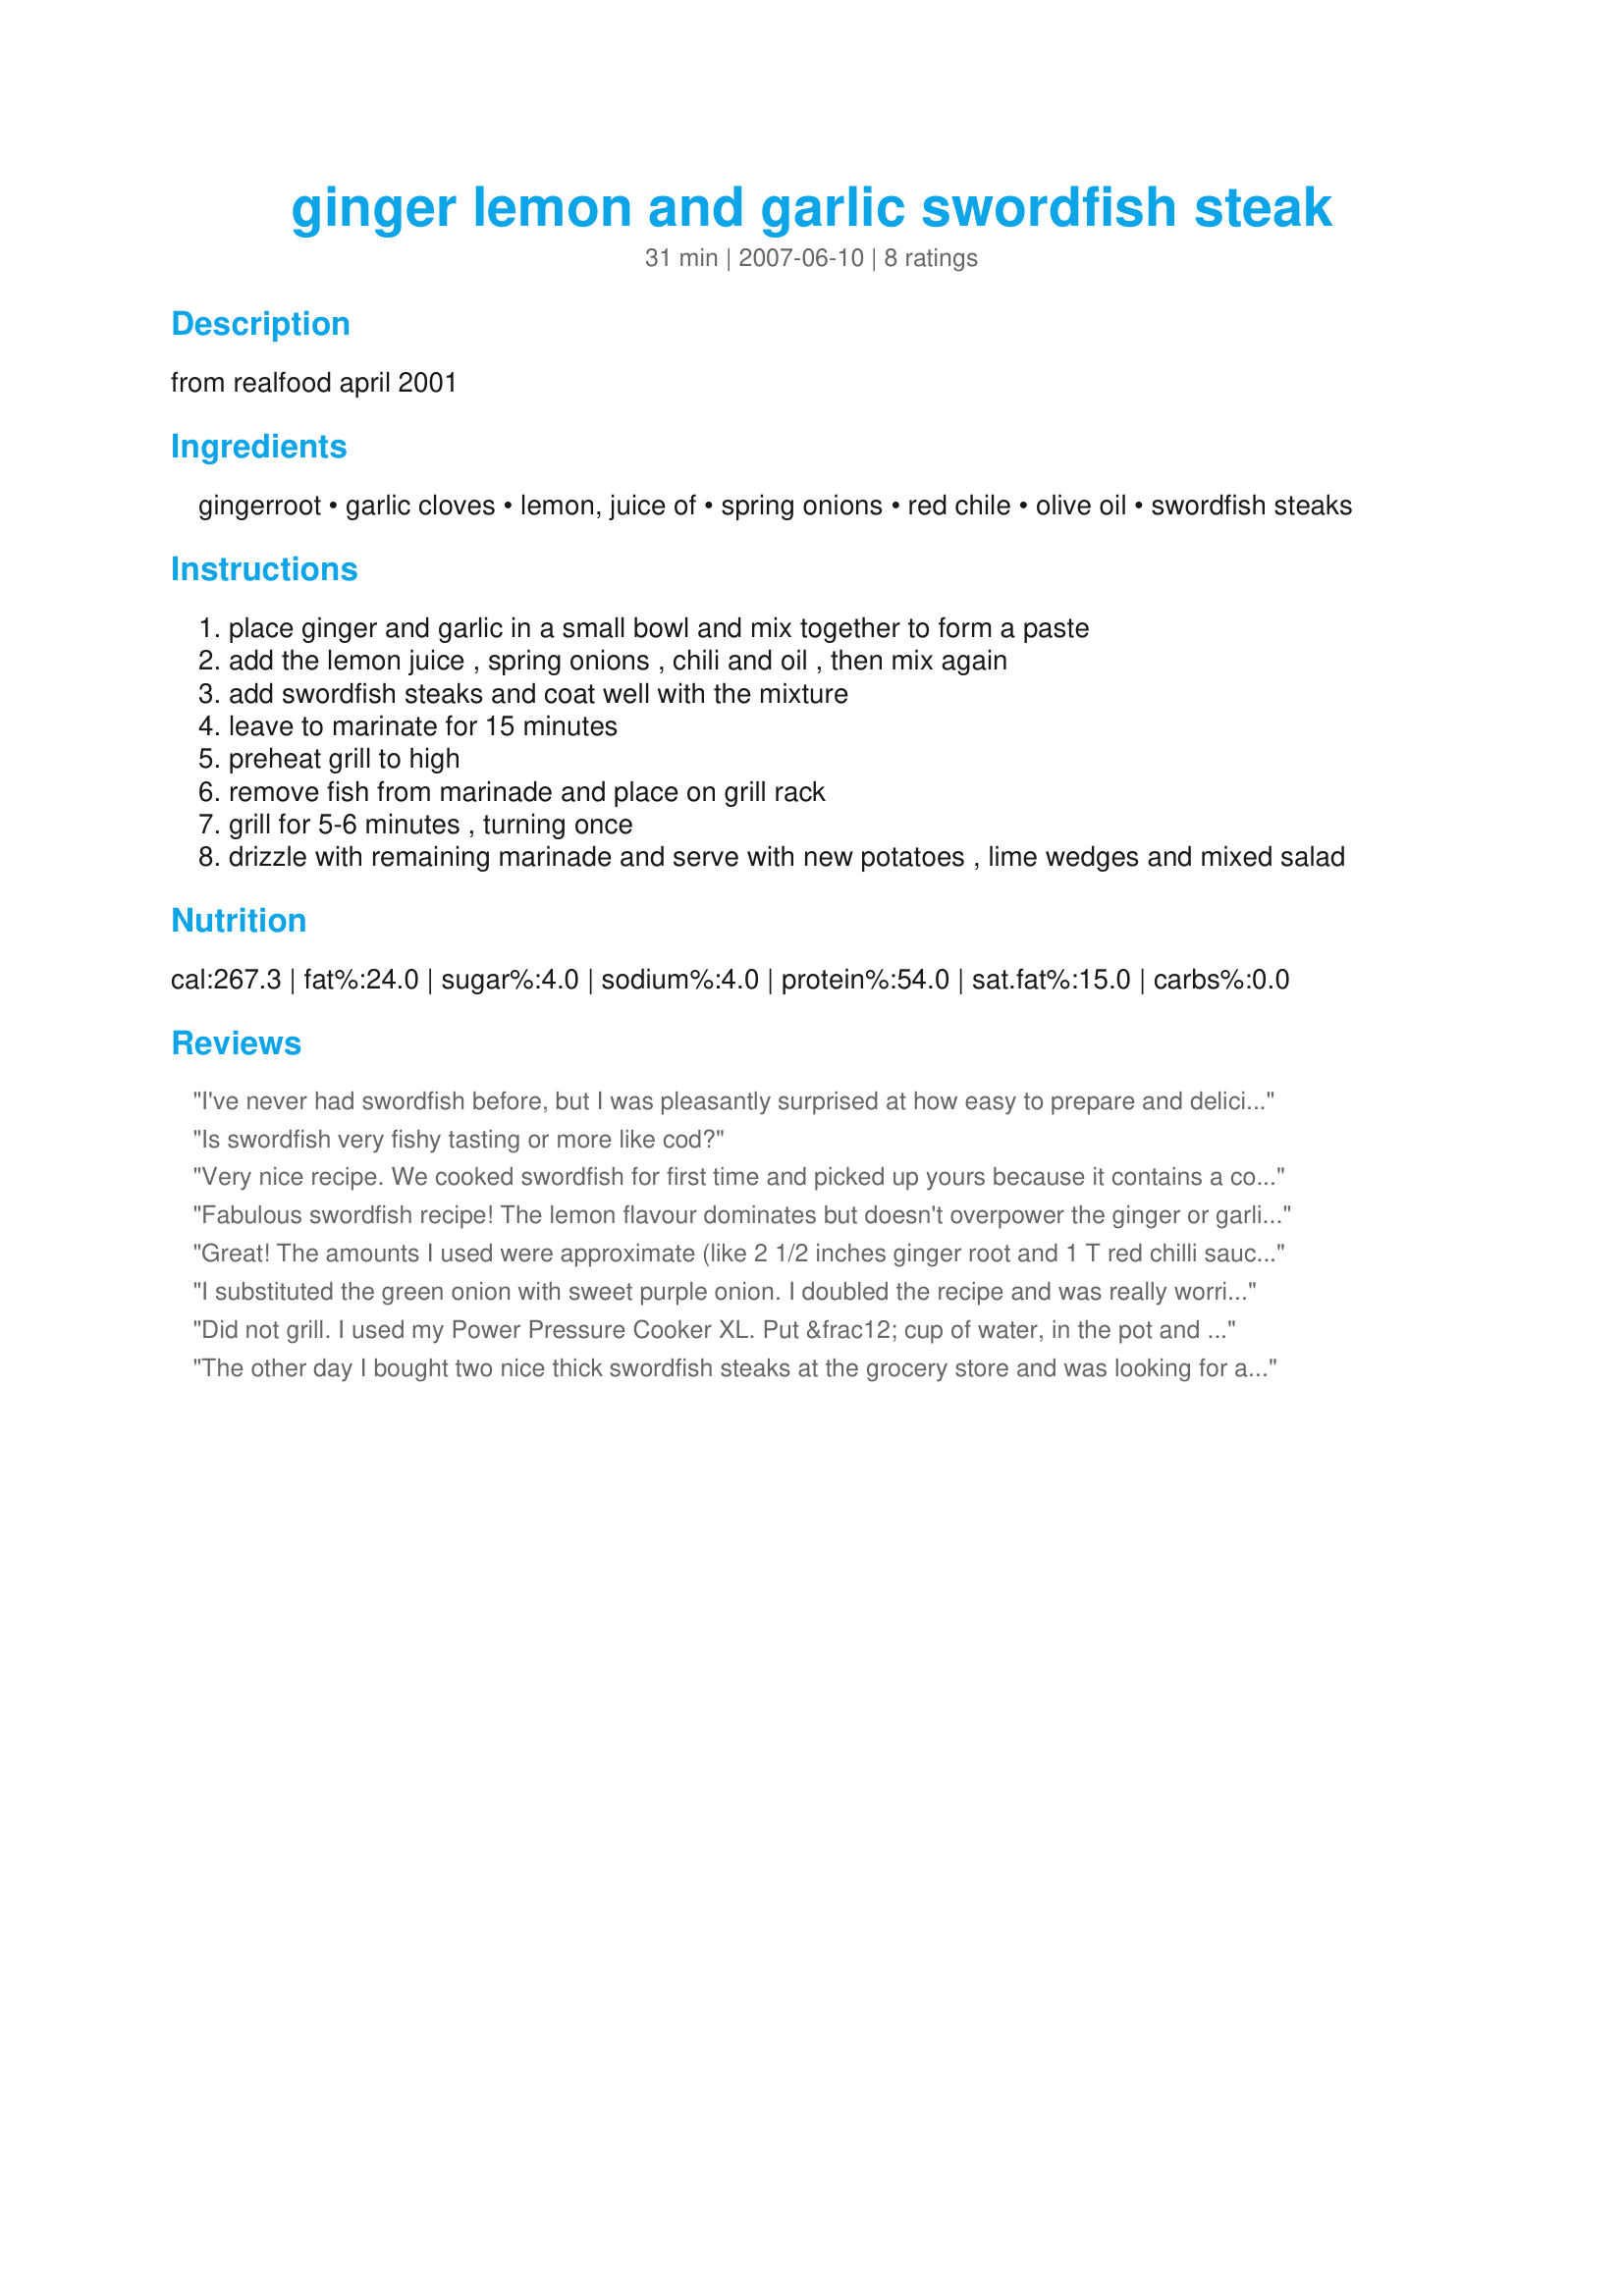
ginger lemon and garlic swordfish steak
Preparation time: 31 minutes

from realfood april 2001

Ingredients:
gingerroot, garlic cloves, lemon, juice of, spring onions, red chile, olive oil, swordfish steaks

Steps:
place ginger and garlic in a small bowl and mix together to form a paste
add the lemon juice , spring onions , chili and oil , then mix again
add swordfish steaks and coat well with the mixture
leave to marinate for 15 minutes
preheat grill to high
remove fish from marinade and place on grill rack
grill for 5-6 minutes , turning once
drizzle with remaining marinade and serve with new potatoes , lime wedges and mixed salad

Reviews:
I've never had swordfish before, but I was pleasantly surprised at how easy to prepare and delicious these steaks were! We don't tolerate spicy too well, so I replaced the hot chile pepper with red bell pepper, and it was so good! This is a great fish to grill since it is firm and holds together well. Highly recommend this recipe if you are looking to get into the world of fish grilling!
Is swordfish very fishy tasting or more like cod?
Very nice recipe. We cooked swordfish for first time and picked up yours because it contains a combination of our favourite herbs. We grilled on a grill skillet and it came up amazing. Garnished with soft boiled potatoes and a nice french white clairette. Thanks!
Fabulous swordfish recipe! The lemon flavour dominates but doesn't overpower the ginger or garlic. I would have liked a bit more chili, but everyone else liked it as written. The swordfish is essential for this recipe. It was meaty and juicy. Yum! Thanks for posting! Made for ZWT 4.
Great! The amounts I used were approximate (like 2 1/2 inches ginger root and 1 T red chilli sauce), so it was spicy, but complimented the firm swordfish really well. I used a normal onion and pan fried it with the marinade, would certainly do it again.
I substituted the green onion with sweet purple onion. I doubled the recipe and was really worried that the 4.5 CM (1.7 Inches) of Ginger Root would over power the garlic and the dish. It seems the lemon juice really equalizes the flavors and the swordfish steaks tasted wonderful! I marinated for 20 minutes. I will do this one again.
Did not grill. I used my Power Pressure Cooker XL. Put &frac12; cup of water, in the pot and used the insert to place the marinated swordfish steaks, above the water. I also added some soy sauce, to taste. Set it for 15 minutes, with some fresh asparagus on top, and what a meal!!!
The other day I bought two nice thick swordfish steaks at the grocery store and was looking for a good way to prepare them. I decided on this recipe as it seemed quick and easy and it was. The marinade was delicious however, I could have gone a bit more spicy but I like lots of spice. 'Twas a big hit and I will certainly make it again. The marinade complimented but did not overpower the taste of the swordfish. Thanks for posting!
